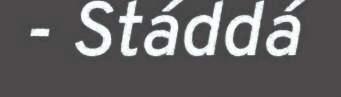
- Stáddá